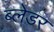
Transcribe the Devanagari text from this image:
ब्लेडर